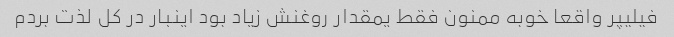
فیلیپر واقعا خوبه ممنون فقط یمقدار روغنش زیاد بود اینبار در کل لذت بردم